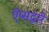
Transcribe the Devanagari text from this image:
ऍप्सद्वारे